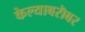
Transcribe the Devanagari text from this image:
केल्याबरॊबर